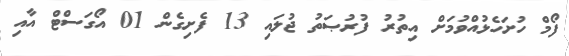
ފޯމް ހުށަހެޅުއްވުމަށް އިތުރު ފުރުޞަތު ޖުލައި 13 ފެށިގެން 01 އޯގަސްޓް އާއި